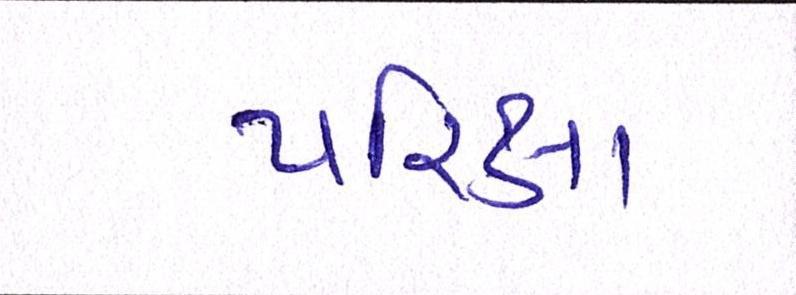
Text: પરિક્ષા